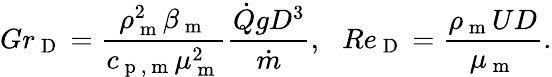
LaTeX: Gr_{\mathrm{~D~}}=\frac{\rho_{\mathrm{~m~}}^{2}\beta_{\mathrm{~m~}}}{c_{\mathrm{~p~,~m~}}\mu_{\mathrm{~m~}}^{2}}\frac{\dot{Q}gD^{3}}{\dot{m}},\: \: \: Re_{\mathrm{~D~}}=\frac{\rho_{\mathrm{~m~}}UD}{\mu_{\mathrm{~m~}}}.